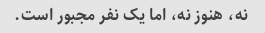
نه، هنوز نه، اما یک نفر مجبور است.